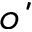
\acute { o }